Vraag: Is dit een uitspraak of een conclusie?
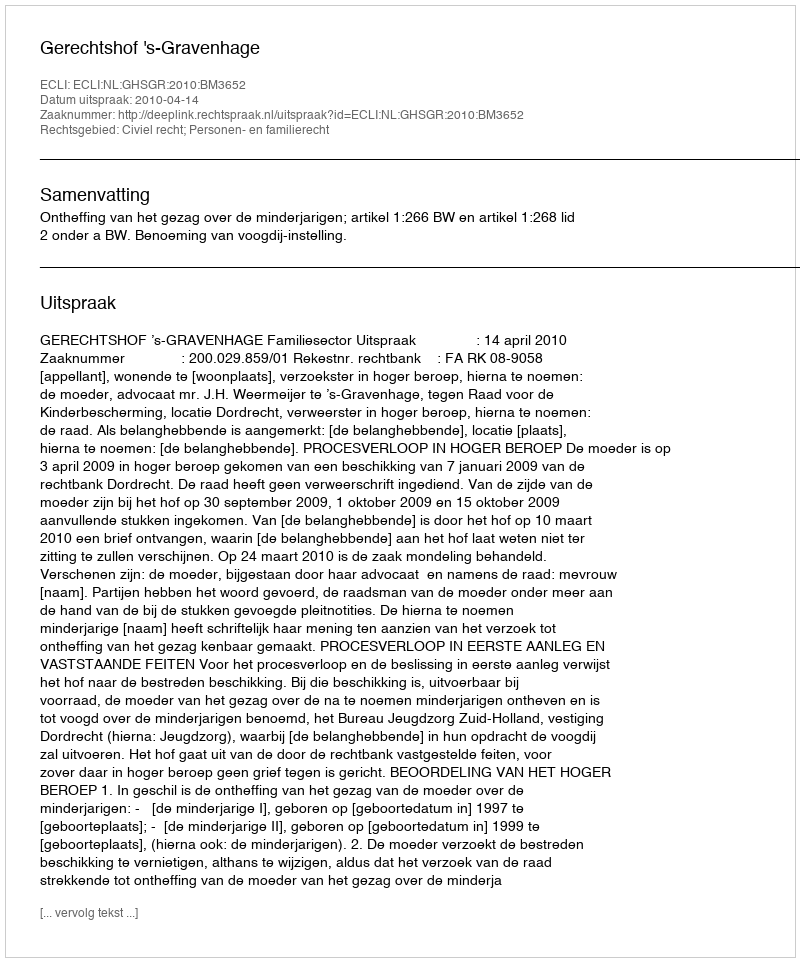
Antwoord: Uitspraak